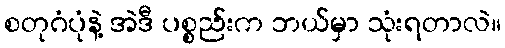
စတုဂံပုံနဲ့ အဲဒီ ပစ္စည်းက ဘယ်မှာ သုံးရတာလဲ။